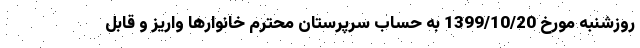
روزشنبه مورخ 1399/10/20 به حساب سرپرستان محترم خانوارها واریز و قابل